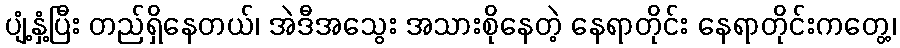
ပျံ့နှံ့ပြီး တည်ရှိနေတယ်၊ အဲဒီအသွေး အသားစိုနေတဲ့ နေရာတိုင်း နေရာတိုင်းကတွေ့၊